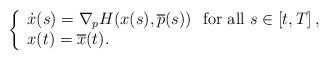
LaTeX: \begin{align*}\left\{\begin{array}{l}\dot{x}(s)= \nabla_p H(x(s),\overline{p}(s))\ \mbox{ for all } s\in \left[ t, T \right],\\x(t)=\overline{x}(t).\end{array}\right.\end{align*}